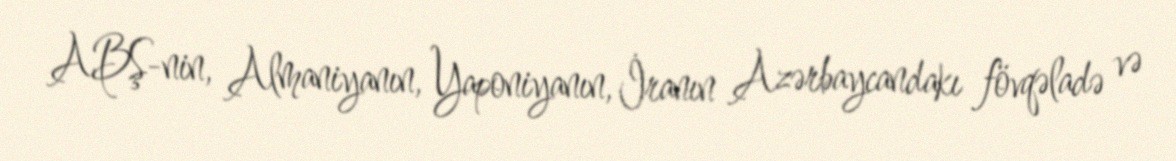
ABŞ-nin, Almaniyanın, Yaponiyanın, İranın Azərbaycandakı fövqəladə və